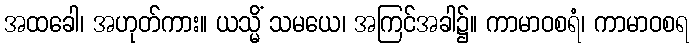
အထခေါ၊ အဟုတ်ကား။ ယသ္မိံ သမယေ၊ အကြင်အခါ၌။ ကာမာဝစရံ၊ ကာမာဝစရ